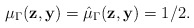
\begin{align*} \mu_{\Gamma} ( \mathbf{z}, \mathbf{y} ) = \hat{\mu}_{\Gamma} ( \mathbf{z}, \mathbf{y} ) = 1/2. \end{align*}